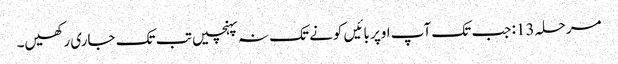
مرحلہ 13: جب تک آپ اوپر بائیں کونے تک نہ پہنچیں تب تک جاری رکھیں۔